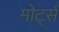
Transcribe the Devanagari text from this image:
मोर्ट्स